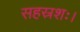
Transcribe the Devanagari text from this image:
सहस्रशः।